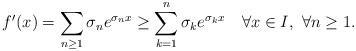
LaTeX: \begin{align*}f^{\prime}(x)=\sum_{n\geq1}\sigma_{n}e^{\sigma_{n}x}\geq\sum_{k=1}^{n}\sigma_{k}e^{\sigma_{k}x}\quad\forall x\in I,~\forall n\geq1. \end{align*}